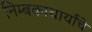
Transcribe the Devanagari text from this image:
निम्बकाचार्यांचे